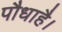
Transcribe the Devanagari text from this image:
पौधाहै।